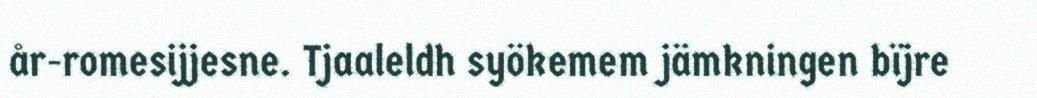
år-romesijjesne. Tjaaleldh syökemem jämkningen bïjre